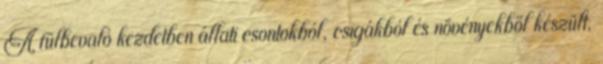
A fülbevaló kezdetben állati csontokból, csigákból és növényekből készült,